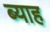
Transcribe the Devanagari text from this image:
ब्‍याह